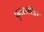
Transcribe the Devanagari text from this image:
पुनराव्रतित